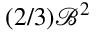
( 2 / 3 ) \mathcal { B } ^ { 2 }